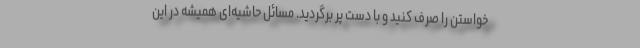
خواستن را صرف کنید و با دست پر برگردید. مسائل حاشیه‌ای همیشه در این